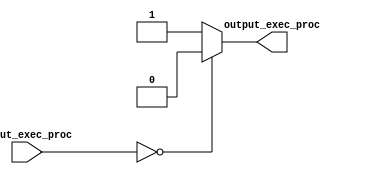
/*
input_exec_proc - current number of process beeing executed 
output_exec_proc - decoded process number for instruction memory since it only has 2 data regions

*/

module Process_decoder
#(
	parameter PROC_WIDTH = 6
)
(
	input [(PROC_WIDTH-1):0] input_exec_proc, 
	output output_exec_proc
);
	
	assign output_exec_proc = ( input_exec_proc == 6'b0 ) ? 1'b0 : 1'b1;

endmodule